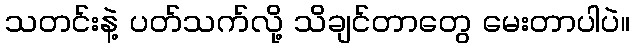
သတင်းနဲ့ ပတ်သက်လို့ သိချင်တာတွေ မေးတာပါပဲ။